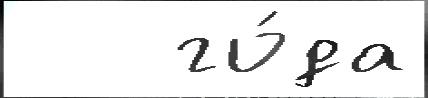
   го́да